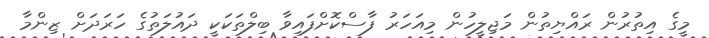
މީގެ އިތުރުން ރައްޔިތުން މަޖިލީހުން މިއަހަރު ފާސްކޮށްފައިވާ ބިލްތަކަކީ ދައުލަތުގެ ހަރަދަށް ޒިންމާ